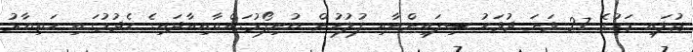
ޖުލައި މަހުގެ 27 ވަނަ ދުވަހު ސިފައިންނާއި ފުލުހުން ޔުނިފޯމުގައްޔާއިއާދައިގެ ހެދުމުގައި ހަތިޔާރު